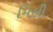
મિલી